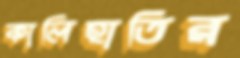
কালিহাতির